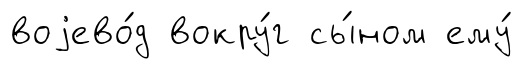
воjево́д вокру́г сы́ном ему́